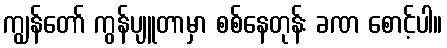
ကျွန်တော် ကွန်ပျူတာမှာ စစ်နေတုန်း ခဏ စောင့်ပါ။